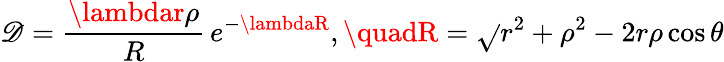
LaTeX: {\cal\mathscr{D}}=\frac{{\lambdar\rho}}{{R}}\, e^{-\lambdaR},\quadR=\sqrt{}{{r^{2}+\rho^{2}-2r\rho\cos\theta}}